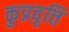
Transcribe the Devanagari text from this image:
कुप्रवृत्ति